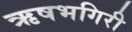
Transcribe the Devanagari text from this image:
ऋषभगिरी